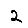
Digit: 2